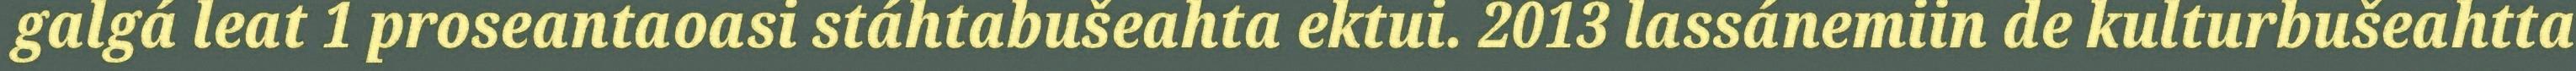
galgá leat 1 proseantaoasi stáhtabušeahta ektui. 2013 lassánemiin de kulturbušeahtta